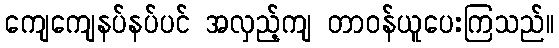
ကျေကျေနပ်နပ်ပင် အလှည့်ကျ တာဝန်ယူပေးကြသည်။